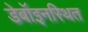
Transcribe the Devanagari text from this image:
डेबॉइनस्थित